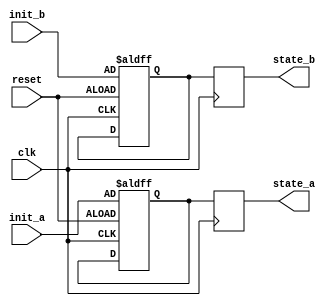
module ConfigurableInitialConditions #(
    parameter DATA_WIDTH = 8,          // Width of the data signals
    parameter INITIAL_VALUE = 0         // Default initial value
)(
    input wire clk,                     // Clock signal
    input wire reset,                   // Reset signal
    input wire [DATA_WIDTH-1:0] init_a, // Initial condition for signal A
    input wire [DATA_WIDTH-1:0] init_b, // Initial condition for signal B
    output reg [DATA_WIDTH-1:0] state_a, // Current state of signal A
    output reg [DATA_WIDTH-1:0] state_b  // Current state of signal B
);

    // Internal state variables
    reg [DATA_WIDTH-1:0] internal_a;
    reg [DATA_WIDTH-1:0] internal_b;

    // Initialization logic
    always @(posedge clk or posedge reset) begin
        if (reset) begin
            // Reinitialize state variables to configurable initial conditions
            internal_a <= init_a;
            internal_b <= init_b;
        end else begin
            // Maintain current state (can be modified based on your design)
            // For example, you can add logic to update internal_a and internal_b
            // based on other signals or conditions.
        end
    end

    // Assign internal states to output ports
    always @(posedge clk) begin
        state_a <= internal_a;
        state_b <= internal_b;
    end

endmodule